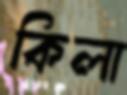
কিলা